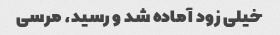
خیلی زود آماده شد و رسید، مرسی